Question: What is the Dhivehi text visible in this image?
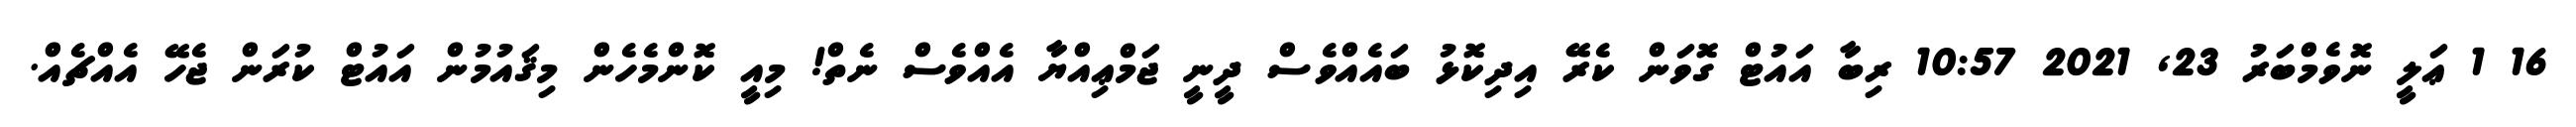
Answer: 16 1 ޢަލީ ނޮވެމްބަރު 23, 2021 10:57 ރިބާ އައުޓް ގޮވަން ކެރޭ އިދިކޮޅު ބައެއްވެސް ދީނީ ޖަމްޢިއްޔާ އެއްވެސް ނެތް! މިއީ ކޮންމެހެން މިޤައުމުން އައުޓް ކުރަން ޖެހޭ އެއްޗެއް.